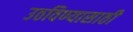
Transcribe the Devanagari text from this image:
उठविण्यासाठी